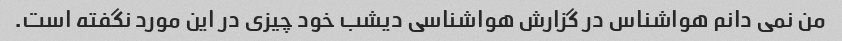
من نمی دانم هواشناس در گزارش هواشناسی دیشب خود چیزی در این مورد نگفته است.